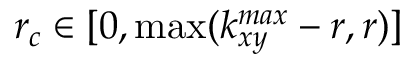
r _ { c } \in [ 0 , \operatorname* { m a x } ( k _ { x y } ^ { m a x } - r , r ) ]